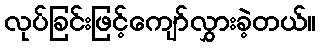
လုပ်ခြင်းဖြင့်ကျော်လွှားခဲ့တယ်။